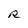
Character: R